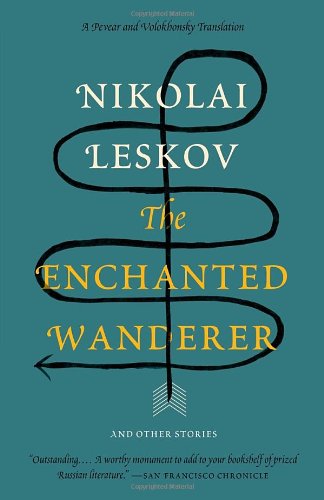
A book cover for The Enchanted Wanderer: And Other Stories (Vintage Classics); Nikolai Leskov; Literature & Fiction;